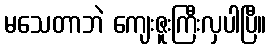
မသေတာဘဲ ကျေးဇူးကြီးလှပါပြီ။